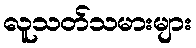
လူသတ်သမားများ